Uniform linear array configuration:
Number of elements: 64
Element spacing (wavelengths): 0.25
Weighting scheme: hamming
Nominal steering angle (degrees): -60
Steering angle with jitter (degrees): -58.013
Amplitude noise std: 0.05
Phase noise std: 0.05

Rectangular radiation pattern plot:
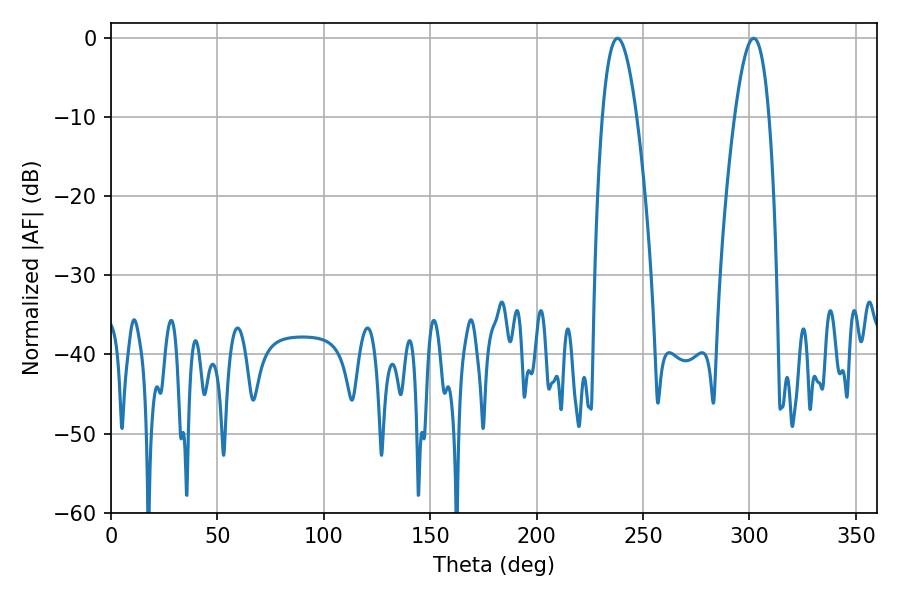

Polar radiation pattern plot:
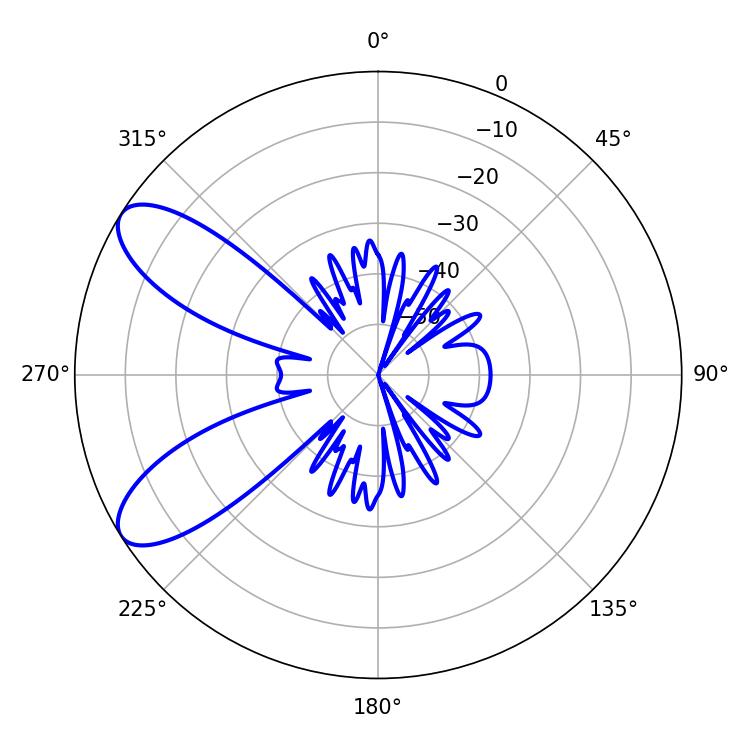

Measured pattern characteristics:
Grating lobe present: FALSE
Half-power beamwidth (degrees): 8.82
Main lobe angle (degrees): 237.96